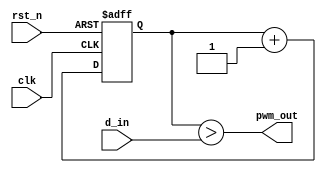
// 256-level PWM generator
//         Symbiotic EDA / Moseley Instruments
//         10-11-2018

module pwm256(
    input clk, 
    input rst_n, 
    input [7:0] d_in,
    output pwm_out
);

reg signed [7:0] counter;

assign pwm_out = counter > d_in;

always @(posedge clk or negedge rst_n)
begin
    if (rst_n == 1'b0)
    begin
        counter <= 8'd0;
    end
    else
    begin
        counter <= counter + 8'd1;
    end
end

endmodule